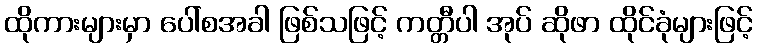
ထိုကားများမှာ ပေါ်စအခါ ဖြစ်သဖြင့် ကတ္တီပါ အုပ် ဆိုဖာ ထိုင်ခုံများဖြင့်